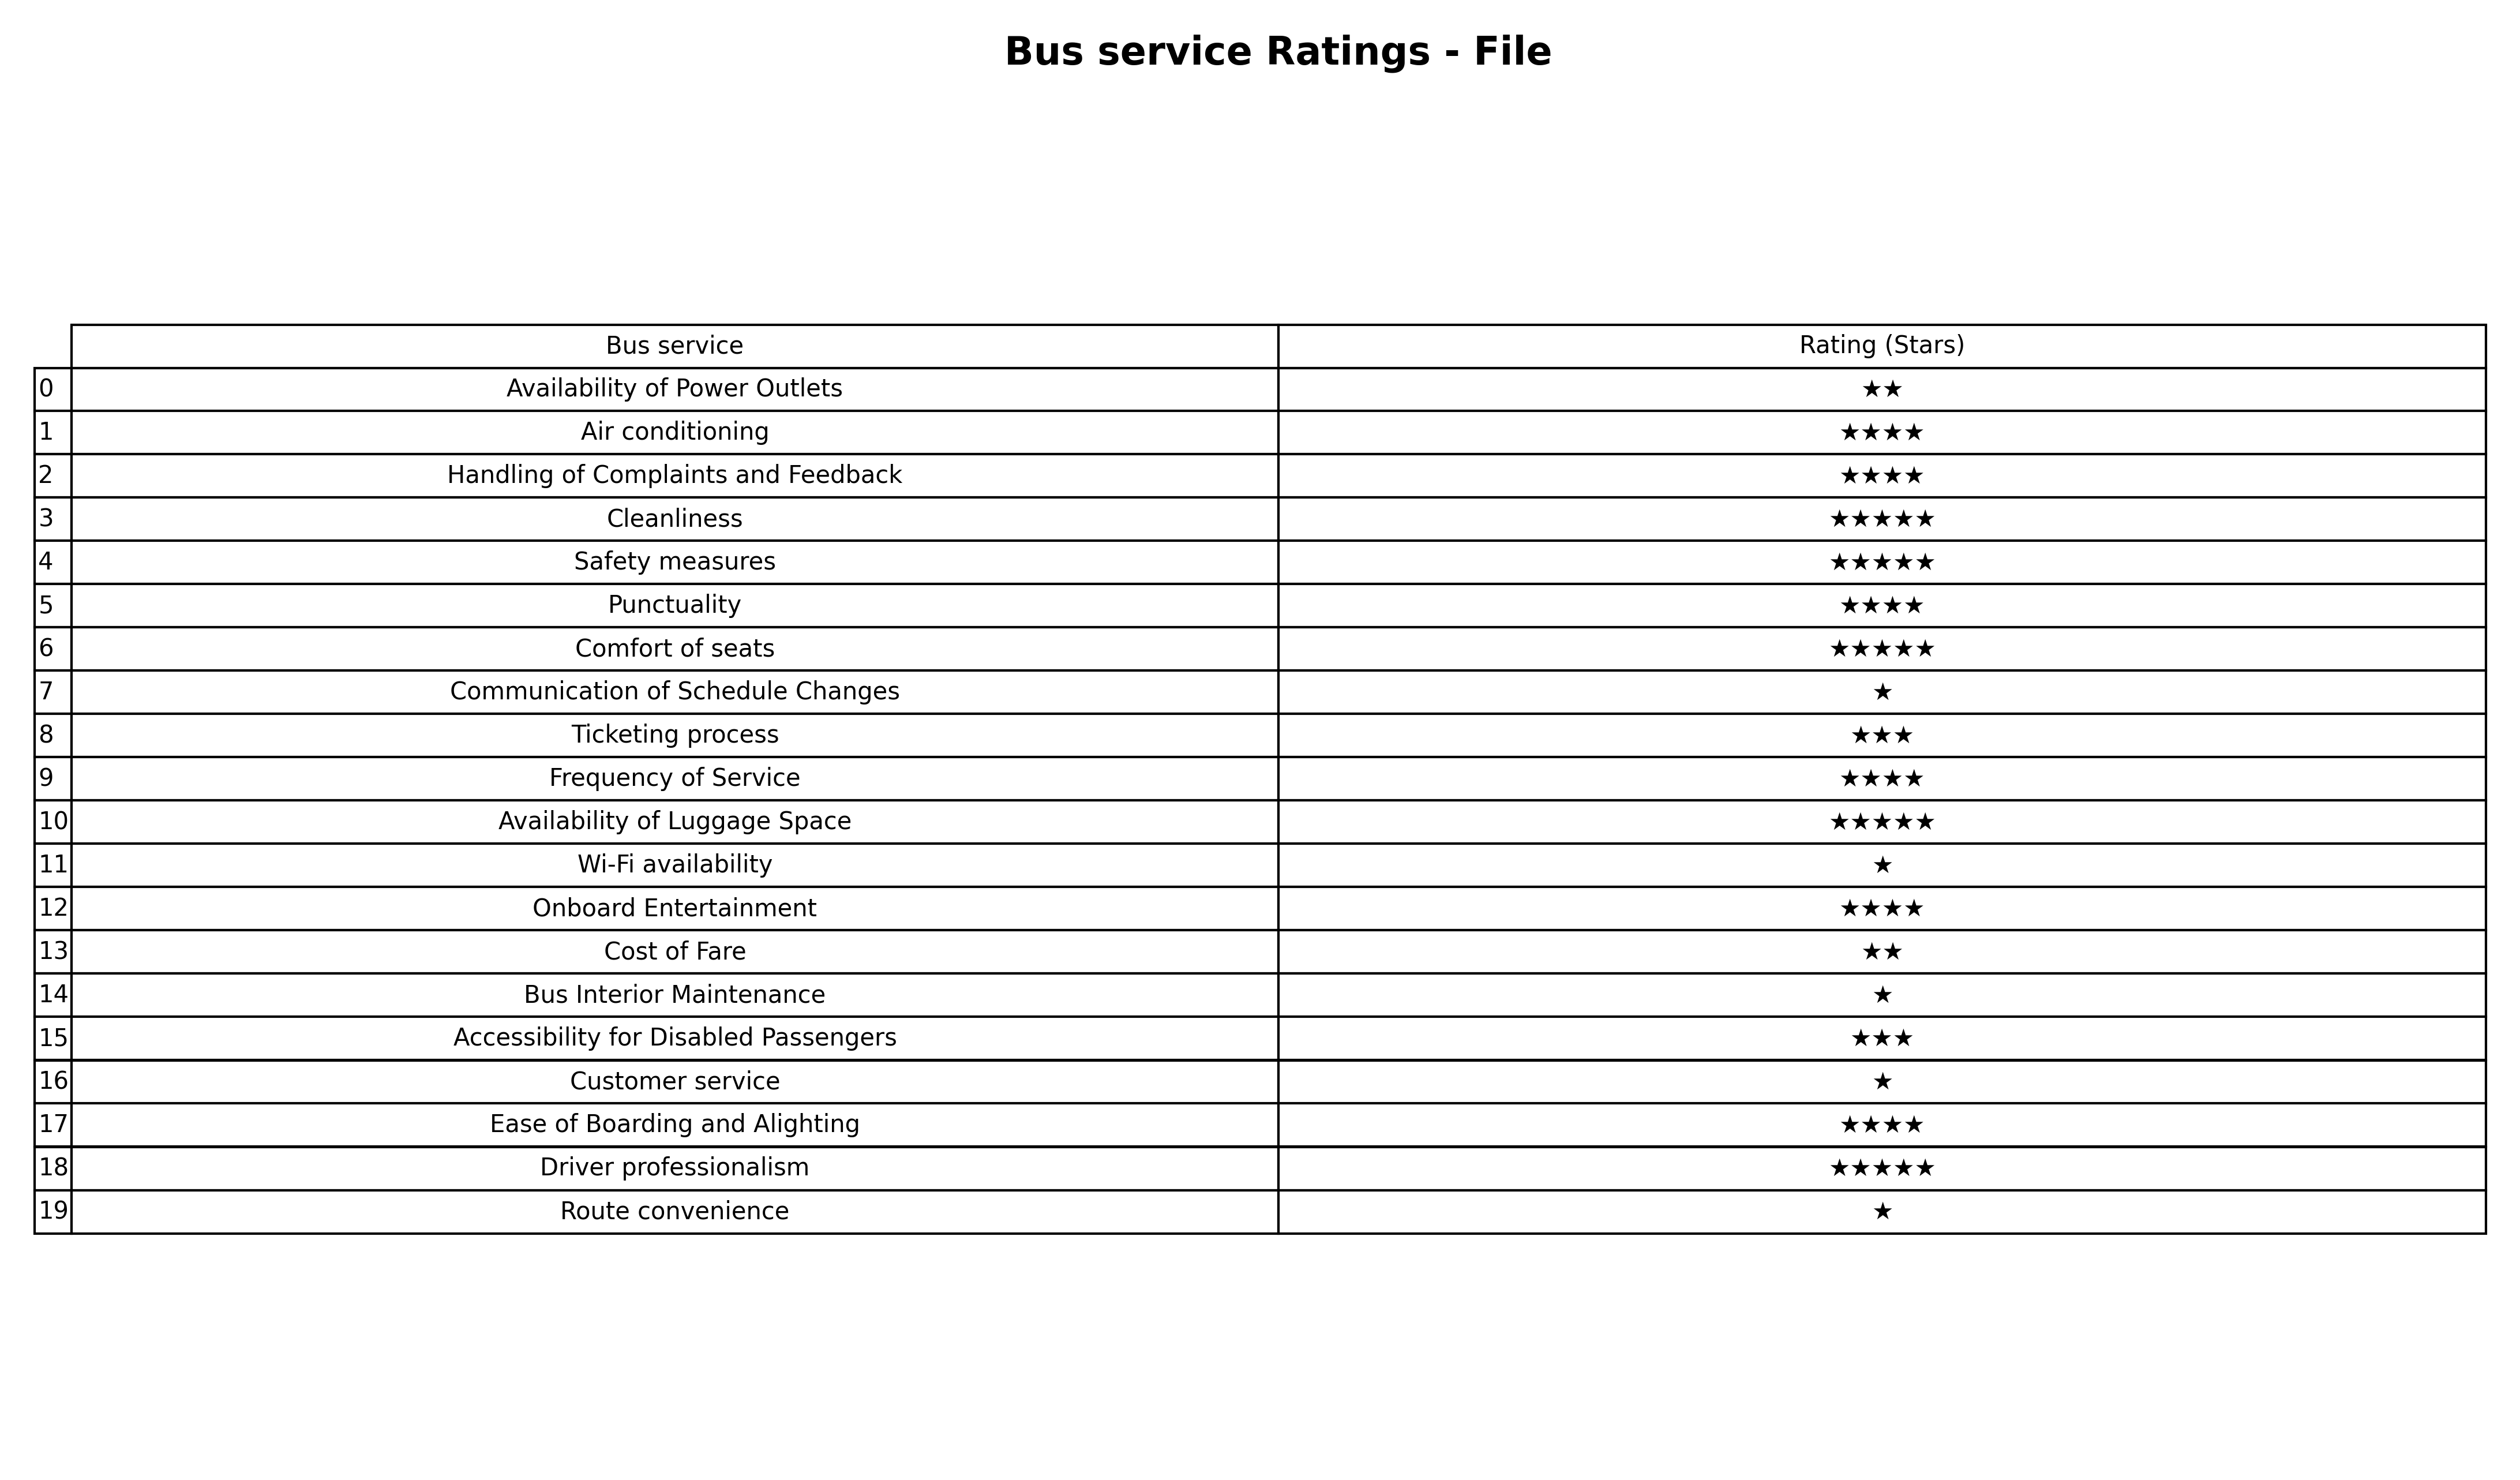
question: What are lowest rating services?
answer: Ticketing processAccessibility for Disabled Passengers